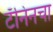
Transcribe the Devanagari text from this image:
टॅनिनचा